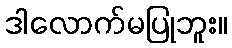
ဒါလောက်မပြုဘူး။